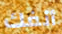
أنفك